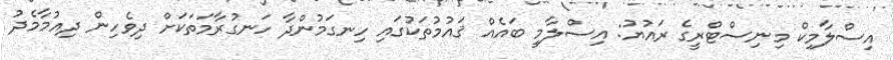
އިސްލާމިކް މިނިސްޓްރީގެ ރައުޔު: އިސްލާމީ ބައެއް ޤައުމުތަކުގައި ހިނގަމުންދާ ހަނގުރާމަތަކަށް ދިވެހިން ދިއުމާމެދު